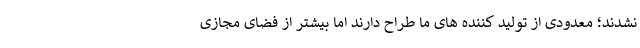
نشدند؛ معدودی از تولید کننده های ما طراح دارند اما بیشتر از فضای مجازی